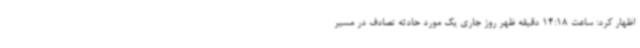
اظهار کرد: ساعت 14:18 دقیقه ظهر روز جاری یک مورد حادثه تصادف در مسیر